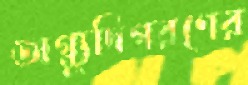
অগ্ন্যুদিগরণের